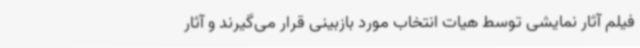
فیلم آثار نمایشی توسط هیات انتخاب مورد بازبینی قرار می‌گیرند و آثار